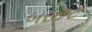
બરછટ